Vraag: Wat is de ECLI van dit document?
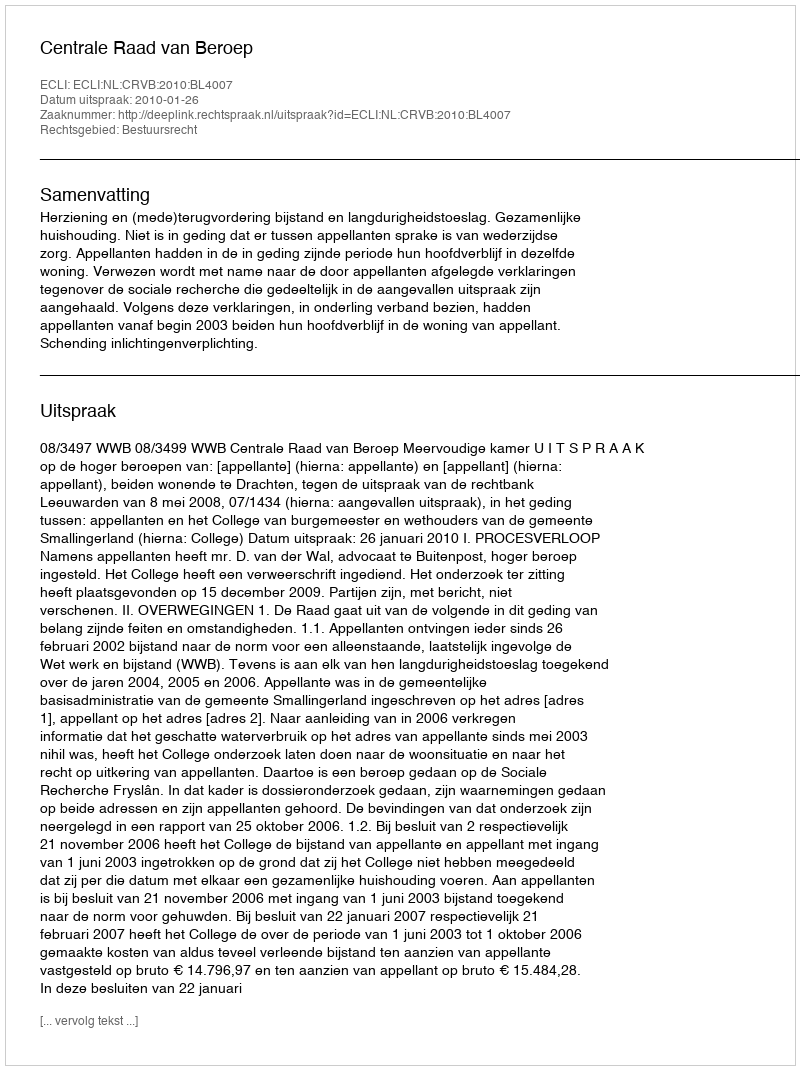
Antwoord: ECLI:NL:CRVB:2010:BL4007